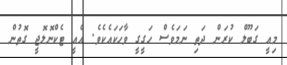
މިއީ ގަބޫލް ކުރަން ދަތި ނަމަވެސް ހަގީގީ ވާހަކައެކެވެ. އެއީ ޓެކްނޮލޮޖީ ގޮތުން